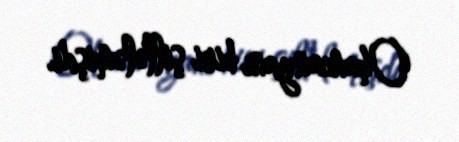
Ohancanyanı biri şillələmişdi.